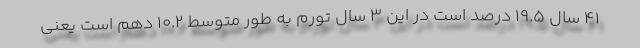
41 سال 19.5 درصد است در این 3 سال تورم به طور متوسط 10.2 دهم است یعنی